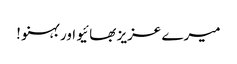
میرے عزیز بھائیو اور بہنو !